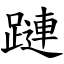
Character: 蹥